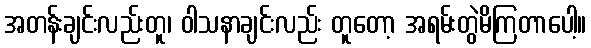
အတန်းချင်းလည်းတူ၊ ဝါသနာချင်းလည်း တူတော့ အရမ်းတွဲမိကြတာပေါ့။